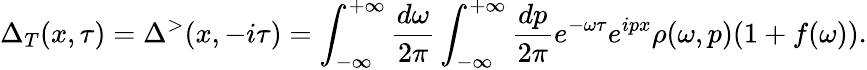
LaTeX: \Delta_{T}(x,\tau)=\Delta^{>}(x,-i\tau)=\int_{-\infty}^{+\infty}\frac{d\omega}{2\pi}\int_{-\infty}^{+\infty}\frac{dp}{2\pi}e^{-\omega\tau}e^{ipx}\rho(\omega,p)(1+f(\omega)).